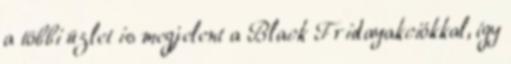
a többi üzlet is megjelent a Black Fridayakciókkal, így